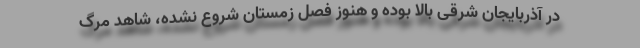
در آذربایجان شرقی بالا بوده و هنوز فصل زمستان شروع نشده، شاهد مرگ